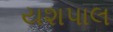
યશપાલ